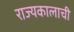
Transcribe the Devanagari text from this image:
राज्यकालाची